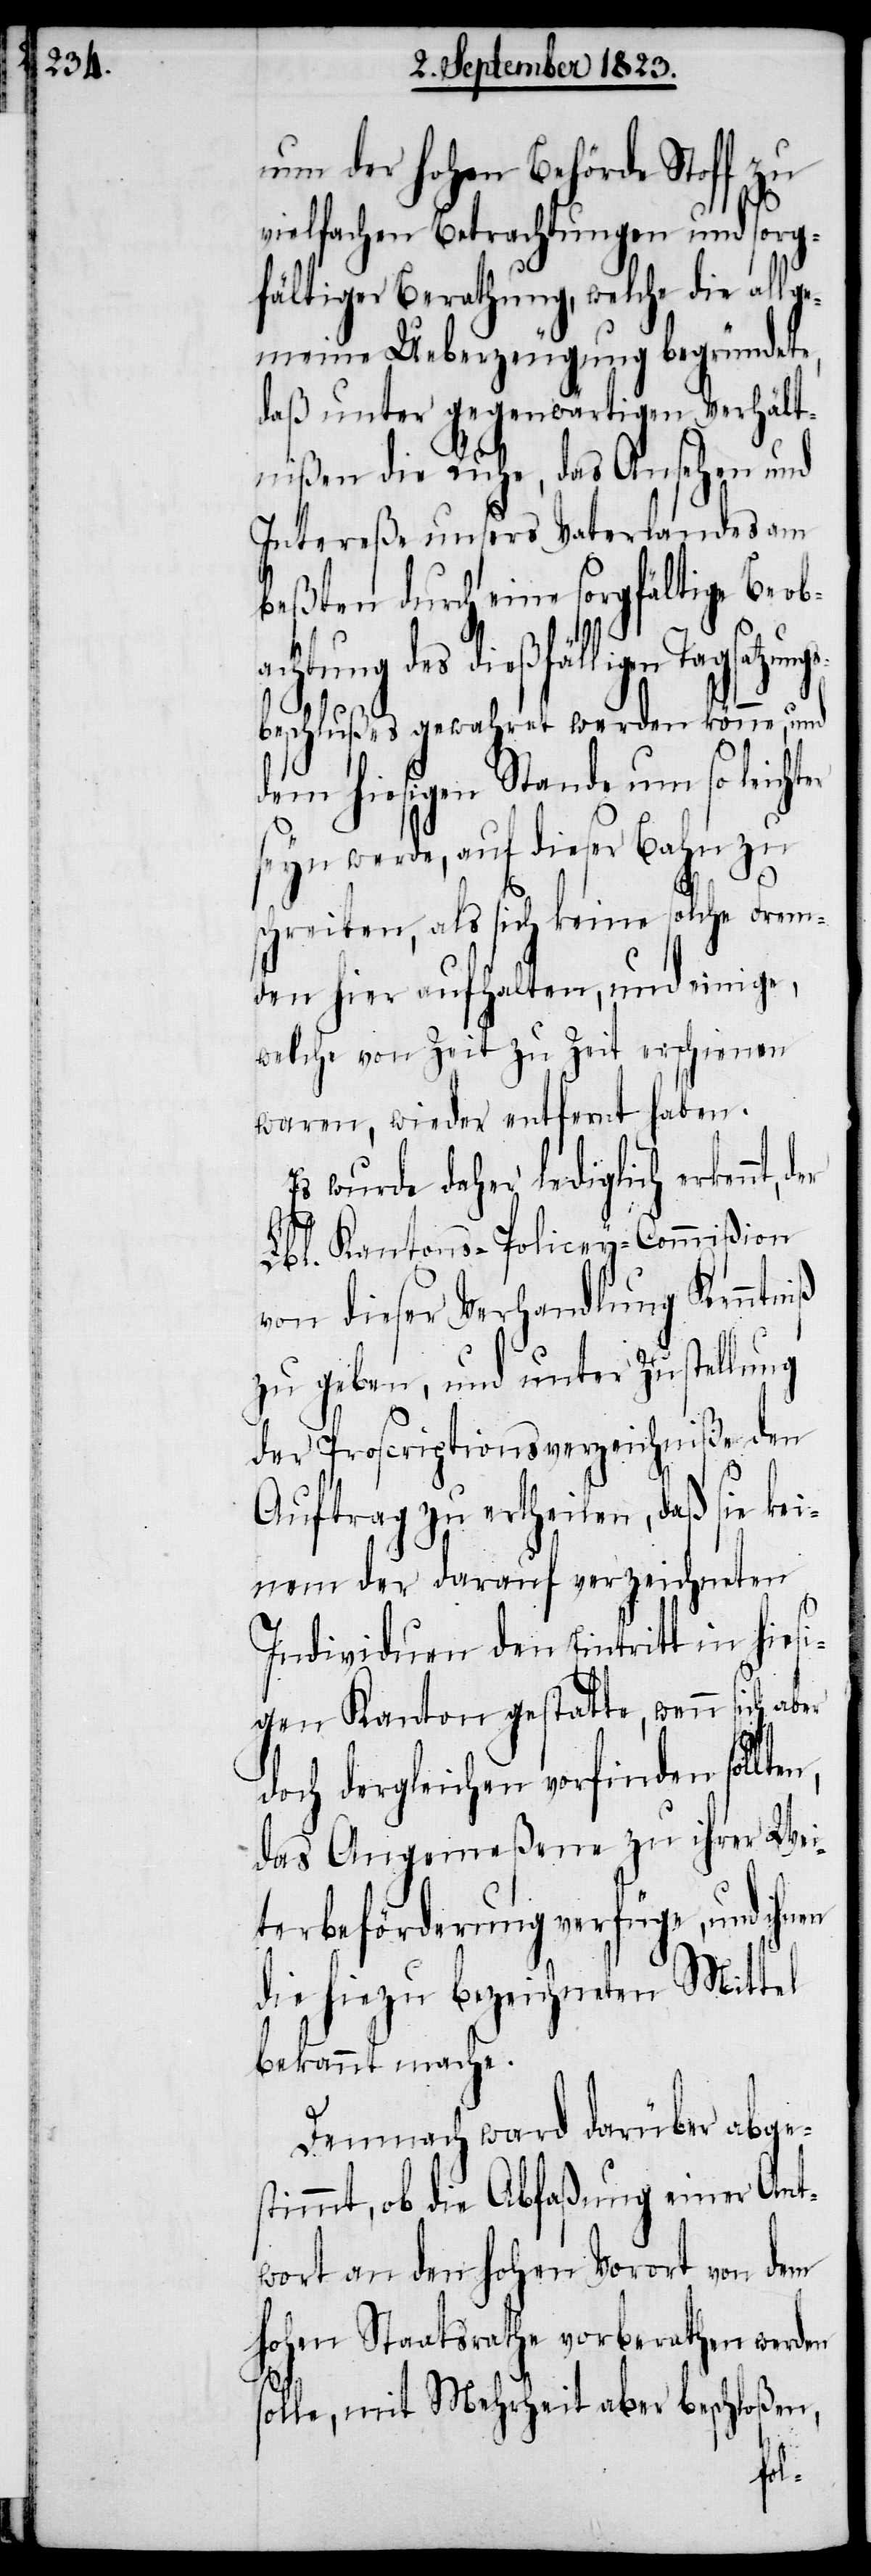
nun der hohen Behörde Stoff zu
vielfachen Betrachtungen und sorg¬
fältiger Berathung, welche die allge¬
meine Ueberzeugung begründete,
daß unter gegenwärtigen Verhält¬
nißen die Ruhe, das Ansehen und
Intereße unsers Vaterlandes am
beßten durch eine sorgfältige Beob¬
achtung des dießfälligen Tagsatzung¬
sbeschlußes gewahret werden könne, und
dem hiesigen Stande um so leicht¬
seyn werde, auf dieser Bahn zu
schreiten, als sich keine solche Frem¬
den hier aufhalten, und einige,
welche von Zeit zu Zeit erschienen
waren, wieder entfernt haben.
Es wurde daher lediglich erkennt,
Lbl. Kantons-Policey-Commißion
von dieser Verhandlung Kenntniß
zu geben, und unter Zustellung
der Proscriptionsverzeichniße den
er
Auftrag zu ertheilen, daß sie kei¬
nem der darauf verzeichneten
Individuen den Eintritt in hies¬
igen Kanton gestatte, wenn sich aber
doch dergleichen vorfinden sollt¬
das Angemeßene zu ihrer Wei¬
terbeförderung verfüge, und ihnen
die hiezu bezeichneten Mittel
bekannt mache.
Demnach ward darüber abge¬
stimmt, ob die Abfaßung einer Ant¬
wort an den hohen Vorort von dem
hohen Staatsrathe vorberathen werden
solle, mit Mehrheit aber beschloßen,
en,